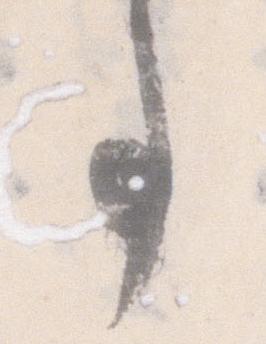
事